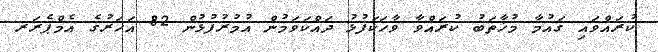
ކުރައްވައި ގައުމާ މުޚާތަބު ކުރައްވާ ވާހަކަފުޅު ދައްކަވަމުން އުމުރުފުޅުން 82 އަހަރުގެ އެމްޕެރަރ